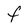
Character: F